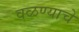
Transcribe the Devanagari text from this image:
वळण्याचे